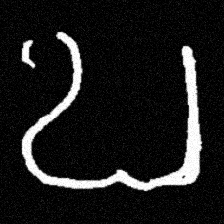
Pyu character \u2014 Myanmar letter: ဎ (romanized: ddha)